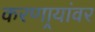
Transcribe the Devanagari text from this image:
करणार्‍यांवर